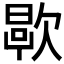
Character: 𬅯